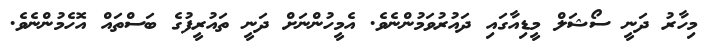
މިހާރު ދަނީ ސޯޝަލް މީޑިއާގައި ދައުރުވަމުންނެވެ. އެމީހުންނަށް ދަނީ ތައުރީފުގެ ބަސްތައް އޮހެމުންނެވެ.